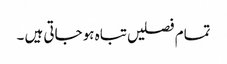
تمام فصلیں تباہ ہو جاتی ہیں ۔